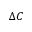
\Delta C